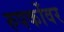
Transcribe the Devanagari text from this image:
रुपकोंवर